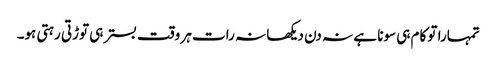
تمہارا تو کام ہی سونا ہے نہ دن دیکھا نہ رات ہر وقت بستر ہی توڑتی رہتی ہو۔